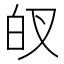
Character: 𱱻